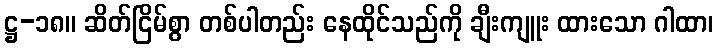
ဋ္ဌ-၁၈။ ဆိတ်ငြိမ်စွာ တစ်ပါတည်း နေထိုင်သည်ကို ချီးကျူး ထားသော ဂါထာ၊